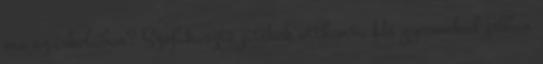
ma az iskolában? Szófakasztó játékok otthonra Ha gyermeked jobban